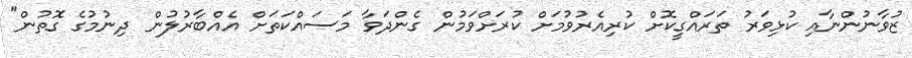
ޒުވާނުންނާއި ކުޅިވަރު ތަރައްގީކޮށް ކުރިއެރުވުމަށް ކުރަށްވަމުން ގެންދަވާ މަސައްކަތަށް އެއްބާރުލުން ދިނުމުގެ ގޮތުން"